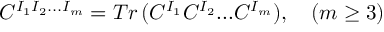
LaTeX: C ^ { I _ { 1 } I _ { 2 } . . . I _ { m } } = T r \, ( C ^ { I _ { 1 } } C ^ { I _ { 2 } } . . . C ^ { I _ { m } } ) , \quad ( m \geq 3 )